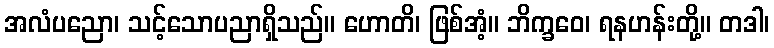
အလံပညော၊ သင့်သောပညာရှိသည်။ ဟောတိ၊ ဖြစ်အံ့။ ဘိက္ခဝေ၊ ရနဟန်းတို့။ တဒါ၊